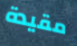
مقيدة